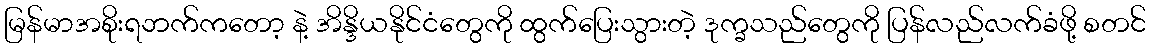
မြန်မာအစိုးရဘက်ကတော့ နဲ့ အိန္ဒိယနိုင်ငံတွေကို ထွက်ပြေးသွားတဲ့ ဒုက္ခသည်တွေကို ပြန်လည်လက်ခံဖို့ စတင်